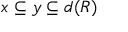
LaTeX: x \subseteq y \subseteq d ( R )